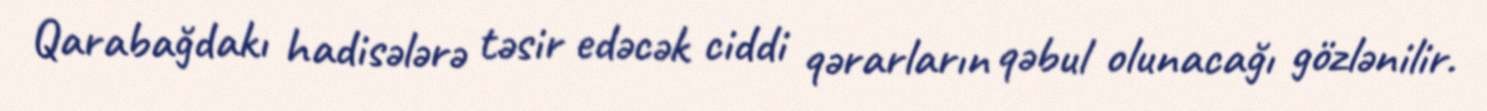
Qarabağdakı hadisələrə təsir edəcək ciddi qərarların qəbul olunacağı gözlənilir.